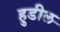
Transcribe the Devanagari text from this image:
हुडील